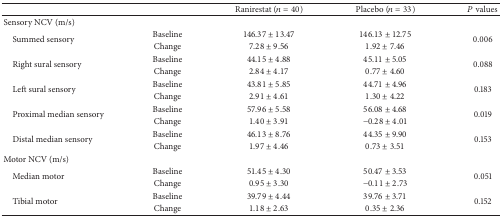
|  |  | Ranirestat (n = 40) | Placebo (n = 33) | P values |
 | --- | --- | --- | --- | --- |
 | Sensory NCV (m/s) |  |  |  |  |
 | <ROWSPAN=2> Summed sensory | Baseline | 146.37 ± 13.47 | 146.13 ± 12.75 | <ROWSPAN=2> 0.006 |
 | Change | 7.28 ± 9.56 | 1.92 ± 7.46 |
 | <ROWSPAN=2> Right sural sensory | Baseline | 44.15 ± 4.88 | 45.11 ± 5.05 | <ROWSPAN=2> 0.088 |
 | Change | 2.84 ± 4.17 | 0.77 ± 4.60 |
 | <ROWSPAN=2> Left sural sensory | Baseline | 43.81 ± 5.85 | 44.71 ± 4.96 | <ROWSPAN=2> 0.183 |
 | Change | 2.91 ± 4.61 | 1.30 ± 4.22 |
 | <ROWSPAN=2> Proximal median sensory | Baseline | 57.96 ± 5.58 | 56.08 ± 4.68 | <ROWSPAN=2> 0.019 |
 | Change | 1.40 ± 3.91 | −0.28 ± 4.01 |
 | <ROWSPAN=2> Distal median sensory | Baseline | 46.13 ± 8.76 | 44.35 ± 9.90 | <ROWSPAN=2> 0.153 |
 | Change | 1.97 ± 4.46 | 0.73 ± 3.51 |
 | Motor NCV (m/s) |  |  |  |  |
 | <ROWSPAN=2> Median motor | Baseline | 51.45 ± 4.30 | 50.47 ± 3.53 | <ROWSPAN=2> 0.051 |
 | Change | 0.95 ± 3.30 | −0.11 ± 2.73 |
 | <ROWSPAN=2> Tibial motor | Baseline | 39.79 ± 4.44 | 39.76 ± 3.71 | <ROWSPAN=2> 0.152 |
 | Change | 1.18 ± 2.63 | 0.35 ± 2.36 |